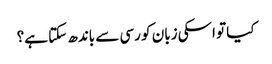
کیا تو اسکی زبان کو رسی سے باندھ سکتا ہے؟